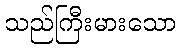
သည်ကြီးမားသော